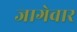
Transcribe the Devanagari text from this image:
जागेवार